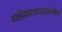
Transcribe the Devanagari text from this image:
साहित्यप्रकाराप्रमाणेच